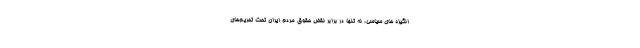
انگیزه های سیاسی، نه تنها در برابر نقض حقوق مردم ایران تحت تحریم‌های